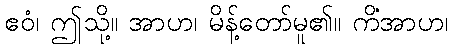
ဧဝံ၊ ဤသို့။ အာဟ၊ မိန့်တော်မူ၏။ ကိံအာဟ၊